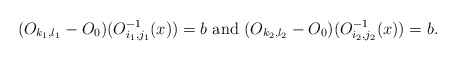
\begin{align*}(O_{k_1,l_1}-O_0)(O_{i_1,j_1}^{-1}(x))=b \mbox{ and }(O_{k_2,l_2}-O_0)(O_{i_2,j_2}^{-1}(x))=b \mbox{.}\end{align*}